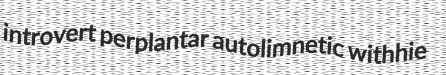
introvert perplantar autolimnetic withhie